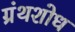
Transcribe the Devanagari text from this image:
ग्रंथशोध